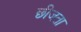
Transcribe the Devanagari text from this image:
छीजता